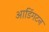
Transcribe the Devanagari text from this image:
आडिंगटन